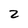
Character: 2